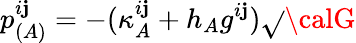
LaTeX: p_{(A)}^{i\mathbf{j}}=-(\kappa_{A}^{i\mathbf{j}}+h_{A}g^{i\mathbf{j}})\sqrt{}{{{\calG}}}